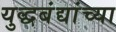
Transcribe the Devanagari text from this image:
युद्धबंद्यांच्या